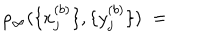
LaTeX: \rho _ { \infty } ( \{ x _ { j } ^ { ( b ) } \} , \{ y _ { j } ^ { ( b ) } \} ) \; =